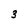
Character: 3